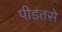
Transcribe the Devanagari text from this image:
पीडतसे